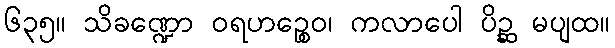
၆၃၅။ သိခဏ္ဍော ဝရဟဉ္စေဝ၊ ကလာပေါ ပိဉ္ဆ မပျထ။